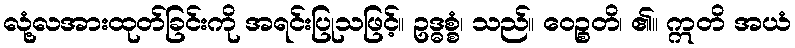
လုံ့လအားထုတ်ခြင်းကို အရင်းပြုသဖြင့်။ ဥဒ္ဓစ္စံ၊ သည်။ ဝေဉ္စတိ၊ ၏။ ဣတိ အယံ